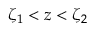
\zeta _ { 1 } < z < \zeta _ { 2 }